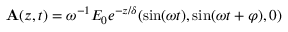
{ \bf A } ( z , t ) = \omega ^ { - 1 } E _ { 0 } e ^ { - z / \delta } ( \sin ( \omega t ) , \sin ( \omega t + \varphi ) , 0 )